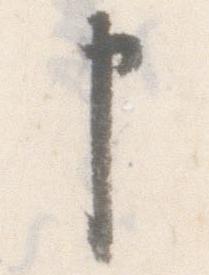
申